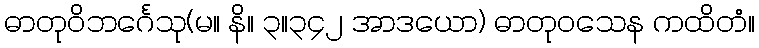
ဓာတုဝိဘင်္ဂေသု(မ။ နိ။ ၃။၃၄၂ အာဒယော) ဓာတုဝသေန ကထိတံ။